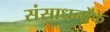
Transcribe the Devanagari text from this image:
संसाधनोंके